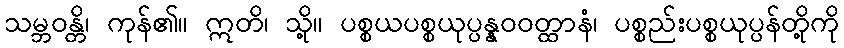
သမ္ဘဝန္တိ၊ ကုန်၏။ ဣတိ၊ သို့။ ပစ္စယပစ္စယုပ္ပန္နဝဝတ္ထာနံ၊ ပစ္စည်းပစ္စယုပ္ပန်တို့ကို